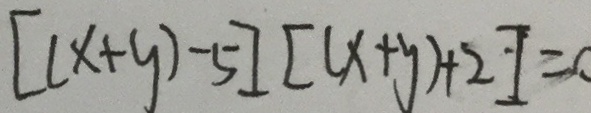
[ ( x + y ) - 5 ] [ ( x + y ) + 2 ] = 0